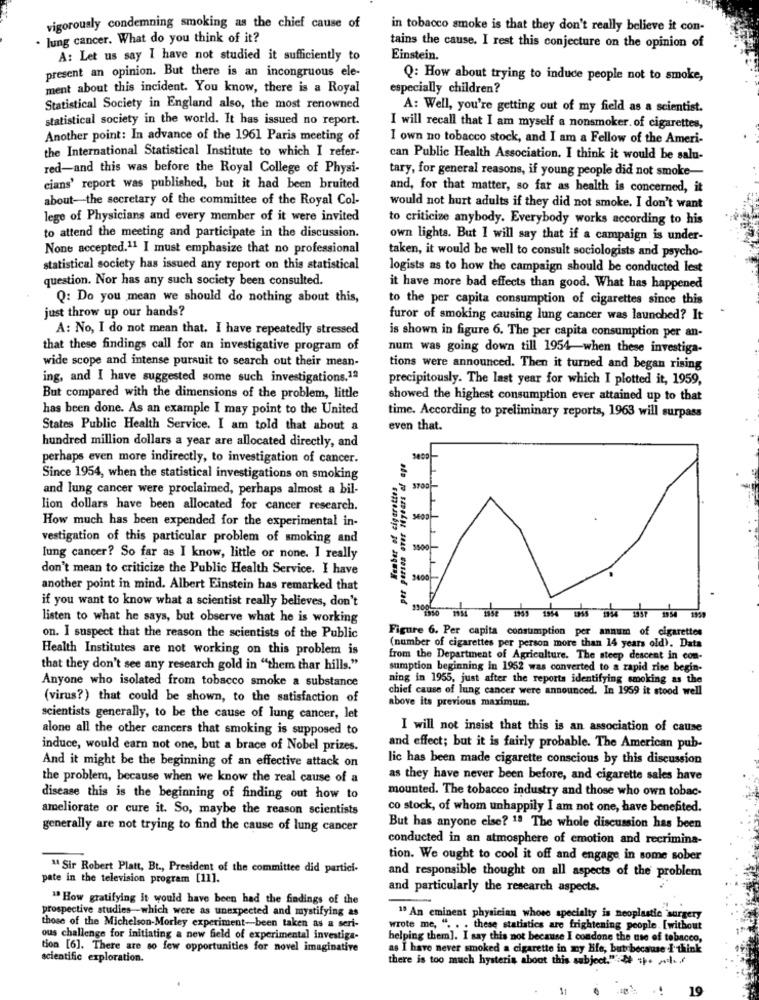
vigorously condemning smoking as the chief cause of
in tobacco smoke is that they don't really believe it con-
. lung cancer. What do you think of it?
tains the cause. I rest this conjecture on the opinion of
A: Let us say I have not studied it sufficiently to
Einstein.
present an opinion. But there is an incongruous ele-
Q: How about trying to induce people not to smoke,
ment about this incident. You know, there is a Royal
especially children?
Statistical Society in England also, the most renowned
A: Well, you're getting out of my field as a scientist.
statistical society in the world. It has issued no report.
I will recall that I am myself a nonsmoker. of cigarettes,
Another point: In advance of the 1961 Paris meeting of
I own no tobacco stock, and I am a Fellow of the Ameri-
the International Statistical Institute to which I refer-
can Public Health Association. I think it would be salu-
red-and this was before the Royal College of Physi-
tary, for general reasons, if young people did not smoke-
cians' report was published, but it had been bruited
and, for that matter, so far as health is concerned, it
about-the secretary of the committee of the Royal Col-
would not hurt adults if they did not smoke. I don't want
lege of Physicians and every member of it were invited
to criticize anybody. Everybody works according to his
to attend the meeting and participate in the discussion.
own lights. But I will say that if a campaign is under-
None accepted.11 I must emphasize that no professional
taken, it would be well to consult sociologists and psycho-
statistical society has issued any report on this statistical
logists as to how the campaign should be conducted lest
question. Nor has any such society been consulted.
it have more bad effects than good. What has happened
Q: Do you mean we should do nothing about this,
to the per capita consumption of cigarettes since this
just throw up our hands?
furor of smoking causing lung cancer was launched? It
A: No, I do not mean that. I have repeatedly stressed
is shown in figure 6. The per capita consumption per an-
that these findings call for an investigative program of
num was going down till 1954 when these investiga-
wide scope and intense pursuit to search out their mean-
tions were announced. Then it turned and began rising
ing, and I have suggested some such investigations.1ª
precipitously. The last year for which I plotted it, 1959,
But compared with the dimensions of the problem, little
showed the highest consumption ever attained up to that
has been done. As an example I may point to the United
time. According to preliminary reports, 1963 will surpass
States Public Health Service. I am told that about a
even that.
hundred million dollars a year are allocated directly, and
perhaps even more indirectly, to investigation of cancer.
Since 1954, when the statistical investigations on smoking
Weaber of cigarettes
and lung cancer were proclaimed, perhaps almost a bil-
lion dollars have been allocated for cancer research.
How much has been expended for the experimental in-
vestigation of this particular problem of smoking and
lung cancer? So far as I know, little or none. I really
don't mean to criticize the Public Health Service. I have
9400
another point in mind. Albert Einstein has remarked that
if you want to know what a scientist really believes, don't
ado po sanokyt seae coszad sad
listen to what he says, but observe what he is working
on. I suspect that the reason the scientists of the Public
Figure 6. Per capita consumption per annum of cigarettes
Health Institutes are not working on this problem is
(number of cigarettes per person more than 14 years old). Data
from the Department of Agriculture. The steep descent in con-
that they don't see any research gold in "them thar hills."
sumption beginning in 1952 was converted to a rapid rise begin-
ning in 1955, just after the reports identifying smoking as the
Anyone who isolated from tobacco smoke a substance
chief cause of lung cancer were announced. In 1959 it stood well
(virus?) that could be shown, to the satisfaction of
above its previous maximum.
scientists generally, to be the cause of lung cancer, let
alone all the other cancers that smoking is supposed to
I will not insist that this is an association of cause
induce, would earn not one, but a brace of Nobel prizes.
and effect; but it is fairly probable. The American pub-
lic has been made cigarette conscious by this discussion
And it might be the beginning of an effective attack on
the problem, because when we know the real cause of a
as they have never been before, and cigarette sales have
mounted. The tobacco industry and those who own tobac-
disease this is the beginning of finding out how to
ameliorate or cure it. So, maybe the reason scientists
co stock, of whom unhappily I am not one, have benefited.
generally are not trying to find the cause of lung cancer
But has anyone else? 13 The whole discussion has been
conducted in an atmosphere of emotion and recrimina-
tion. We ought to cool it off and engage in some sober
" Sir Robert Platt, Bt ., President of the committee did partici-
pate in the television program [11].
and responsible thought on all aspects of the problem
and particularly the research aspects.
1ª How gratifying it would have been had the findings of the
prospective studies-which were as unexpected and mystifying as
1º An eminent physician whose specialty is neoplastic surgery
those of the Michelson-Morley experiment-been taken as a seri-
wrote me, ". . . these statistics are frightening people. [without
ous challenge for initiating a new field of experimental investiga-
helping them]. I say this not because I condone the use of tobacco,
tion [6]. There are so few opportunities for novel imaginative
as I have never smoked a cigarette in my He, but because I think
scientific exploration.
there is too much hysteria about this subject." " the
19